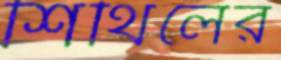
শিথিলের